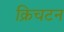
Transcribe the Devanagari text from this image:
क्रिचटन